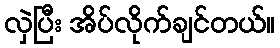
လှဲပြီး အိပ်လိုက်ချင်တယ်။